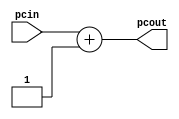
`timescale 1ns / 1ps
//////////////////////////////////////////////////////////////////////////////////
// Company: 
// Engineer: 
// 
// Design Name: 
// Module Name:    Incrementer 
// Project Name: 
// Target Devices: 
// Tool versions: 
// Description: 
//
// Dependencies: 
//
// Revision: 
// Revision 0.01 - File Created
// Additional Comments: 
//
//////////////////////////////////////////////////////////////////////////////////
module Incrementer(
		output wire [31:0] pcout,
		input  wire [31:0] pcin
		);
		
		assign pcout = pcin + 1;
endmodule